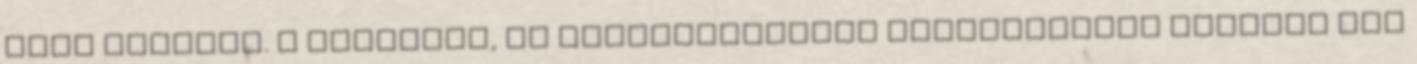
lévő réseket. A narráció, az élettörténetek regénytípusú leírása ezt